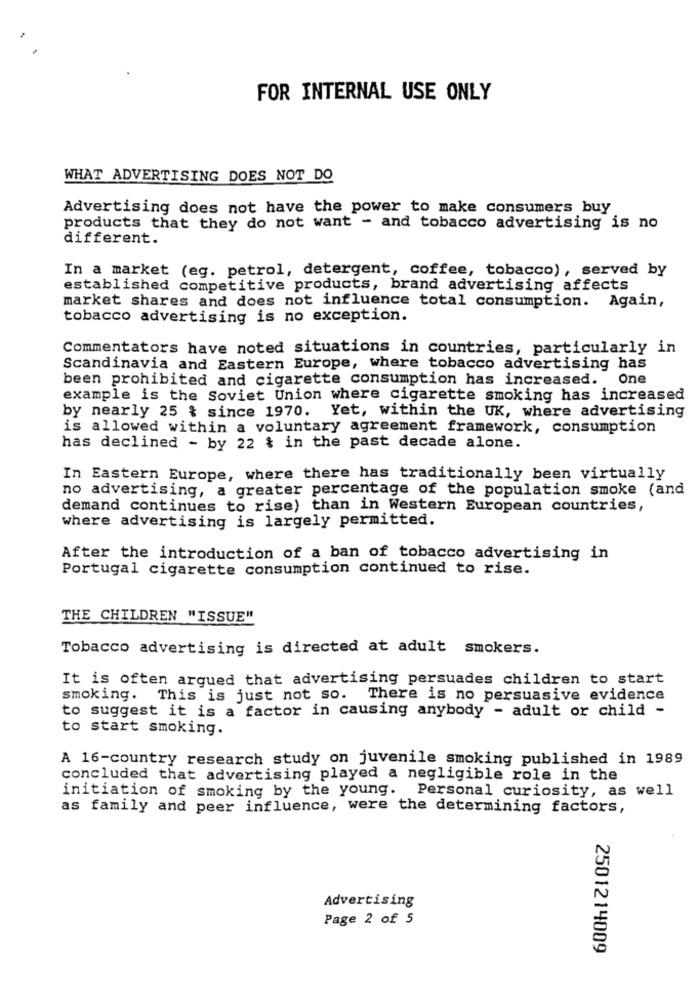
FOR INTERNAL USE ONLY
WHAT ADVERTISING DOES NOT DO
Advertising does not have the power to make consumers buy
products that they do not want - and tobacco advertising is no
different.
In a market (eg. petrol, detergent, coffee, tobacco), served by
established competitive products, brand advertising affects
market shares and does not influence total consumption. Again,
tobacco advertising is no exception.
Commentators have noted situations in countries, particularly in
Scandinavia and Eastern Europe, where tobacco advertising has
been prohibited and cigarette consumption has increased.
One
example is the Soviet Union where cigarette smoking has increased
by nearly 25 & since 1970. Yet, within the UK, where advertising
is allowed within a voluntary agreement framework, consumption
has declined - by 22 & in the past decade alone.
In Eastern Europe, where there has traditionally been virtually
no advertising, a greater percentage of the population smoke (and
demand continues to rise) than in Western European countries,
where advertising is largely permitted.
After the introduction of a ban of tobacco advertising in
Portugal cigarette consumption continued to rise.
THE CHILDREN "ISSUE"
Tobacco advertising is directed at adult smokers.
It is often argued that advertising persuades children to start
smoking. This is just not so.
There is no persuasive evidence
to suggest it is a factor in causing anybody - adult or child -
to start smoking.
A 16-country research study on juvenile smoking published in 1989
concluded that advertising played a negligible role in the
initiation of smoking by the young. Personal curiosity, as well
as family and peer influence, were the determining factors,
Advertising
Page 2 of 5
2501214009